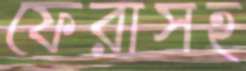
ফেরাসহ